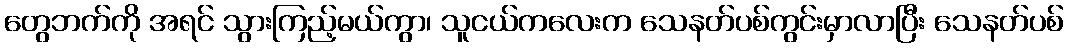
တွေဘက်ကို အရင် သွားကြည့်မယ်ကွာ၊ သူငယ်ကလေးက သေနတ်ပစ်ကွင်းမှာလာပြီး သေနတ်ပစ်